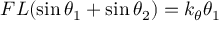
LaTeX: F L ( \sin \theta _ { 1 } + \sin \theta _ { 2 } ) = k _ { \theta } \theta _ { 1 }